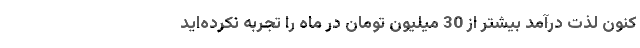
کنون لذت درآمد بیشتر از 30 میلیون تومان در ماه را تجربه نکرده‌اید